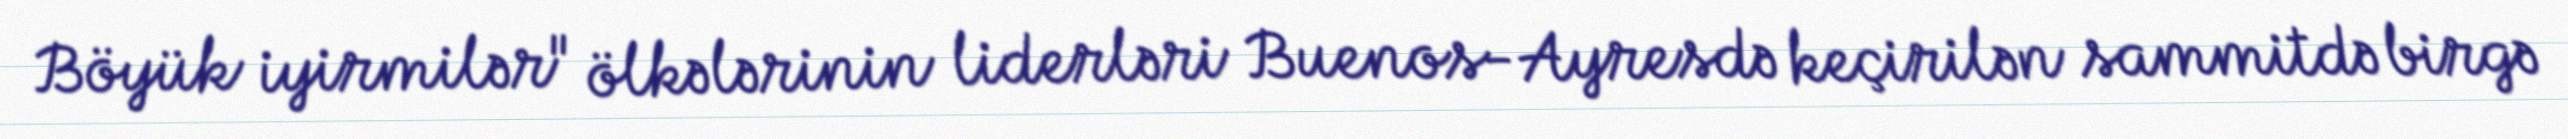
Böyük iyirmilər" ölkələrinin liderləri Buenos-Ayresdə keçirilən sammitdə birgə